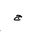
Letter: _gim